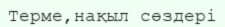
Терме,нақыл сөздері